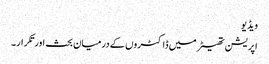
ویڈیو
اپریشن تھیٹر میں ڈاکٹروں کے درمیان بحث اورتکرار۔